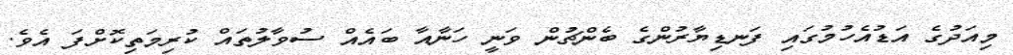
މިއަދުގެ އަޑުއެހުމުގައި ފަނޑިޔާރުންގެ ބެންޗުން ވަނީ ހަނާއާ ބައެއް ސުވާލުތައް ކުރިމަތިކޮށްފަ އެވެ.